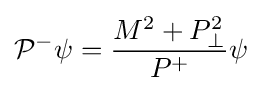
{\mathcal {P}}^{-}\psi ={\frac {M^{2}+P_{\perp }^{2}}{P^{+}}}\psi